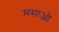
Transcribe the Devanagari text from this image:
मसाओ